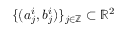
\{ ( a _ { j } ^ { i } , b _ { j } ^ { i } ) \} _ { j \in \mathbb { Z } } \subset \mathbb { R } ^ { 2 }